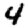
Digit: 4